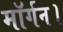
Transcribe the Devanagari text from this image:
मॉर्गन।